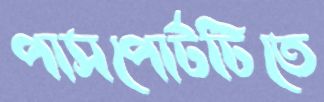
পাসপোর্টটিতে